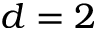
d = 2